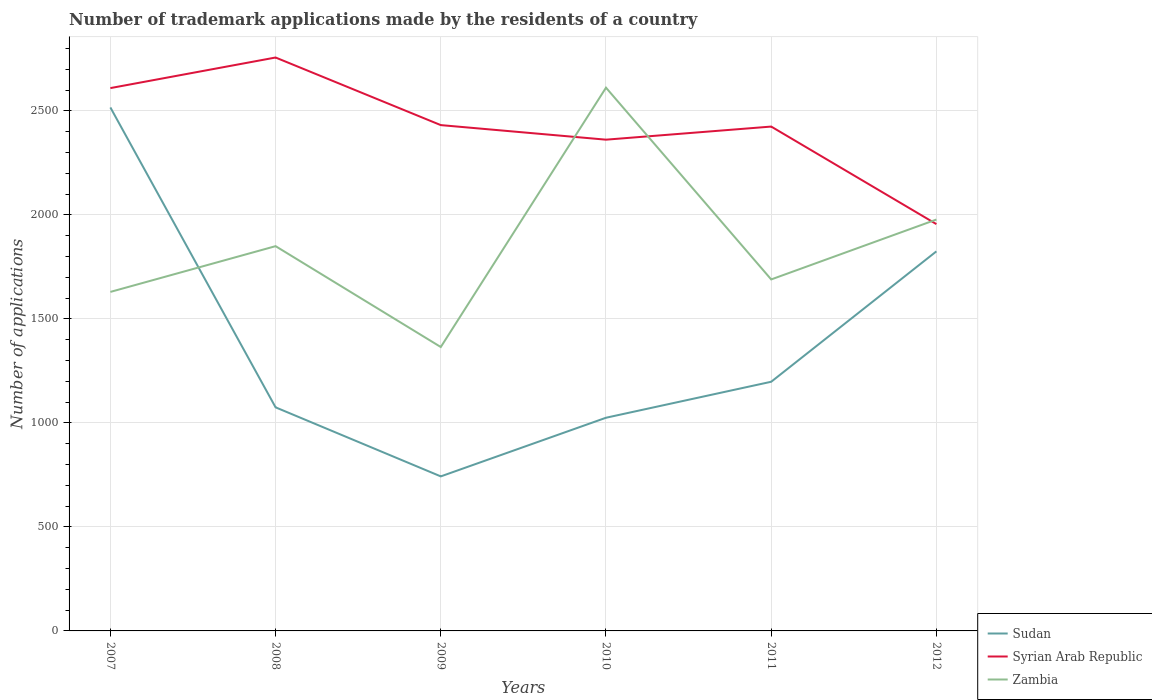
| Years | Sudan | Syrian Arab Republic | Zambia |
 | --- | --- | --- | --- |
 | 2007 | 2.52e+03 | 2.61e+03 | 1.63e+03 |
 | 2008 | 1.08e+03 | 2.76e+03 | 1.85e+03 |
 | 2009 | 743 | 2.43e+03 | 1.36e+03 |
 | 2010 | 1.02e+03 | 2.36e+03 | 2.61e+03 |
 | 2011 | 1.2e+03 | 2.42e+03 | 1.69e+03 |
 | 2012 | 1.82e+03 | 1.96e+03 | 1.98e+03 |